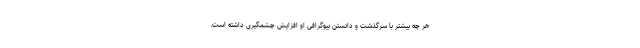
هر چه بیشتر با سرگذشت و دانستن بیوگرافی او افزایش چشمگیری داشته است.